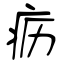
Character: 疬